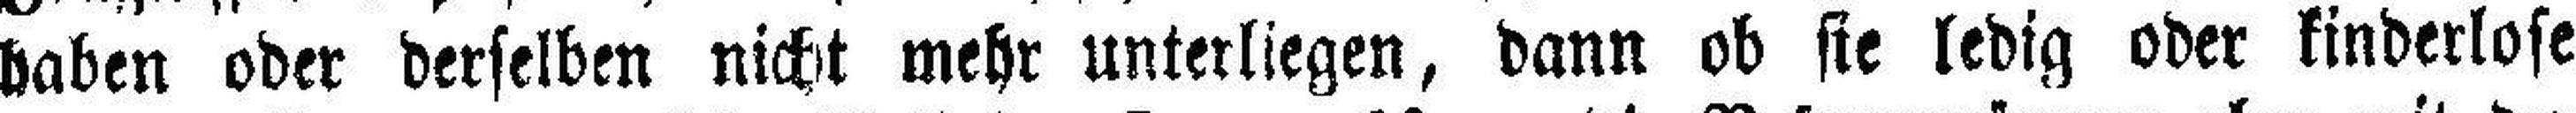
haben oder derselben nicht mehr unterliegen, dann ob sie ledig oder kinderlose